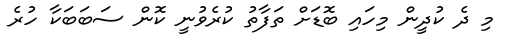
މި ދެ ކުދީން މިހައި ބޮޑަށް ތަފާތު ކުރެވުނީ ކޮން ސަބަބަކާ ހުރެ